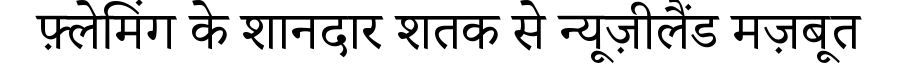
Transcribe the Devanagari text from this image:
फ़्लेमिंग के शानदार शतक से न्यूज़ीलैंड मज़बूत